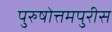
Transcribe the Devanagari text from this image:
पुरुषोत्तमपुरीस